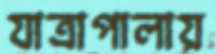
যাত্রাপালায়